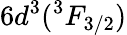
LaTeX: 6d^{3}(^{3}F_{3/2})